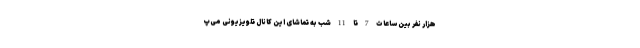
هزار نفر بین ساعات 7 تا 11 شب به تماشای این کانال تلویزیونی می‌‌پ